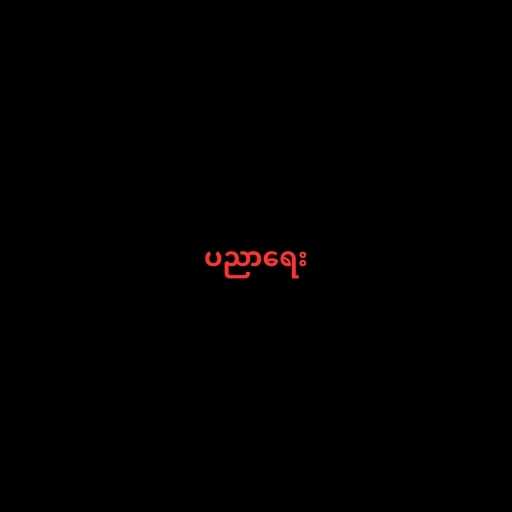
ပညာရေး